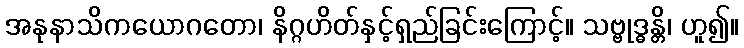
အနုနာသိကယောဂတော၊ နိဂ္ဂဟိတ်နှင့်ရှည်ခြင်းကြောင့်။ သဗ္ဗုဒ္ဓန္တိ၊ ဟူ၍။